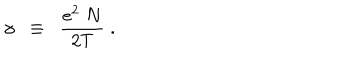
\gamma \; \; \equiv \; \; \frac { e ^ { 2 } \; N } { 2 T } \; .